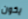
يكون